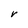
Character: V